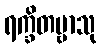
ရက္ခိတဗ္ဗာသု